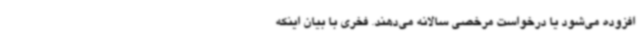
افزوده می‌شود یا درخواست مرخصی سالانه می‌دهند. فخری با بیان اینکه